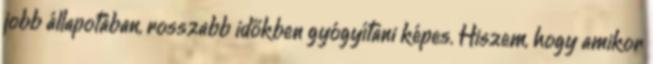
jobb állapotában, rosszabb időkben gyógyítani képes. Hiszem, hogy amikor